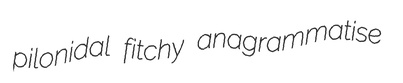
pilonidal fitchy anagrammatise